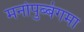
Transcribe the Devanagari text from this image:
मनोपुब्बंगमा